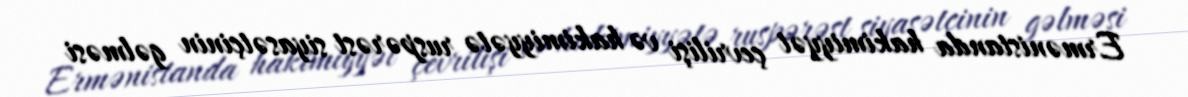
Ermənistanda hakimiyyət çevrilişi və hakimiyyətə ruspərəst siyasətçinin gəlməsi